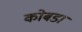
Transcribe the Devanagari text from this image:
कोबडा